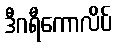
ဒီဂရီကောလိပ်